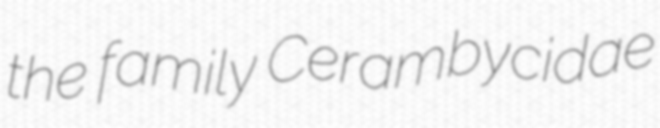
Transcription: the family Cerambycidae